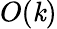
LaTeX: O(\mathit{k})